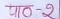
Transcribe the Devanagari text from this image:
पाठ-२